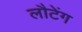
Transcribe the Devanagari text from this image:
लौटेंग